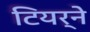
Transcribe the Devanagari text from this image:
टियर्ने